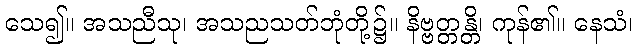
သေ၍။ အသညီသု၊ အသညသတ်ဘုံတို့၌။ နိဗ္ဗတ္တန္တိ၊ ကုန်၏။ နေသံ၊